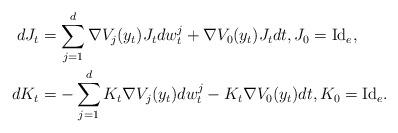
LaTeX: \begin{align*} dJ_t &= \sum_{j=1}^d \nabla V_j (y_t) J_t dw_t^j + \nabla V_0 (y_t) J_t dt, J_0 =\mathrm{Id}_e, \\dK_t &= - \sum_{j=1}^d K_t \nabla V_j (y_t) dw_t^j -K_t \nabla V_0 (y_t)dt, K_0 =\mathrm{Id}_e. \end{align*}